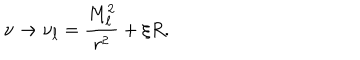
LaTeX: \nu \rightarrow \nu _ { \ell } = \frac { M _ { \ell } ^ { 2 } } { r ^ { 2 } } + \xi R .